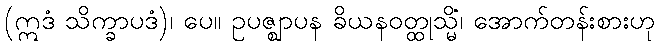
(ဣဒံ သိက္ခာပဒံ)၊ ပေ။ ဥပဇ္ဈာပန ခိယနဝတ္ထုသ္မိံ၊ အောက်တန်းစားဟု